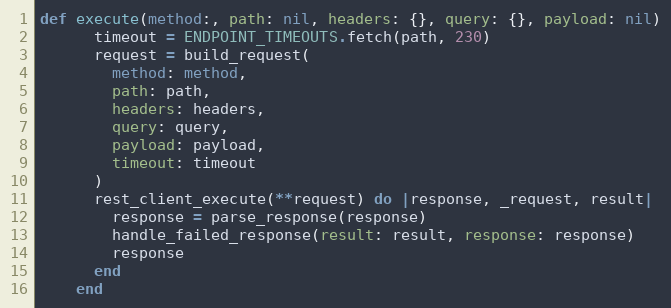
Language: Ruby
def execute(method:, path: nil, headers: {}, query: {}, payload: nil)
      timeout = ENDPOINT_TIMEOUTS.fetch(path, 230)
      request = build_request(
        method: method,
        path: path,
        headers: headers,
        query: query,
        payload: payload,
        timeout: timeout
      )
      rest_client_execute(**request) do |response, _request, result|
        response = parse_response(response)
        handle_failed_response(result: result, response: response)
        response
      end
    end